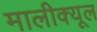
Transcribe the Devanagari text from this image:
मालीक्यूल